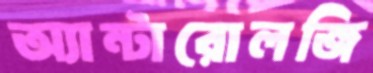
অ্যান্টারোলজি